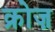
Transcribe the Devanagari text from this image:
क्रोज़